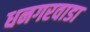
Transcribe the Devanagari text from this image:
धनगरवाडा